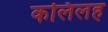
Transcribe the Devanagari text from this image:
कलिलह